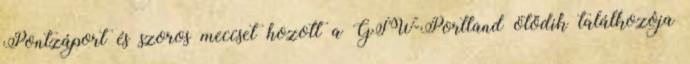
Pontzáport és szoros meccset hozott a GSW-Portland ötödik találkozója